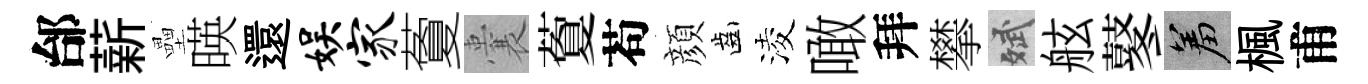
邰薪壘暎還娱家藑囊藑苟顔齒淩噉拜攀斌舷鼕羞楓甫